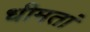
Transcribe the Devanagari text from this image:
धीमतां